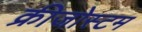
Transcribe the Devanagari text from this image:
क्रीजोस्टम